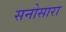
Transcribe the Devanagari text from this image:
सनोसारा